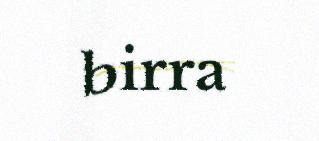
birra